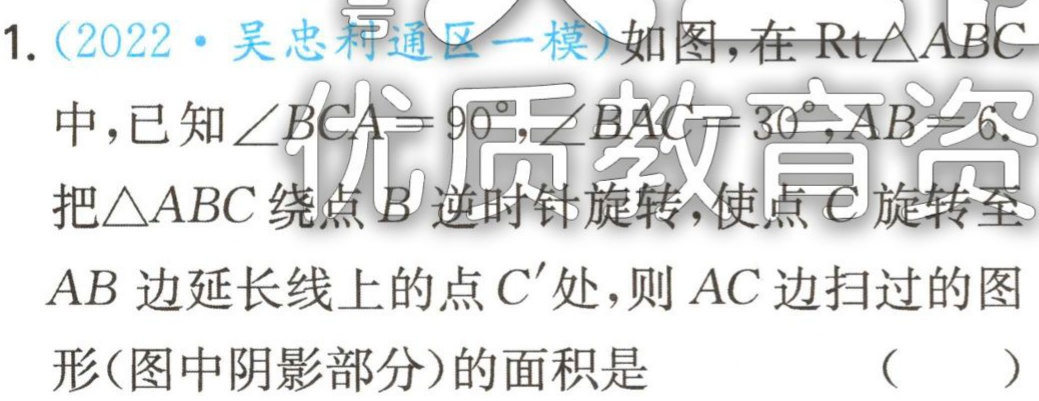
1.（2022·吴忠利通区一模）如图，在$\text{Rt}\triangle ABC$

中，已知$\angle BCA = 90^{\circ},\angle BAC = 30^{\circ},AB = 6$.

把$\triangle ABC$绕点$B$逆时针旋转，使点$C$旋转至

$AB$边延长线上的点$C'$处，则$AC$边扫过的图

形(图中阴影部分)的面积是 （  ）